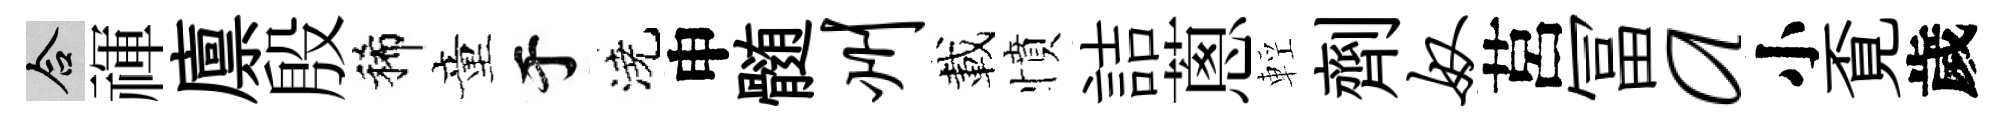
合禈廪殷稀童于澆申髄州載憤詰蔥輕劑奴莒冨a小覔歲